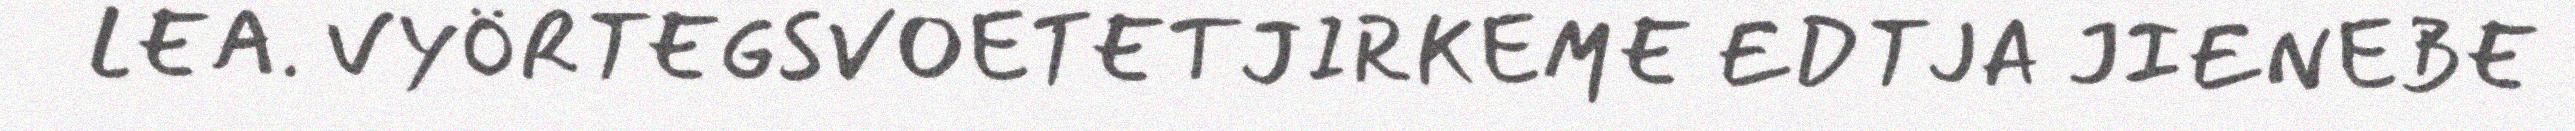
LEA. VYÖRTEGSVOETETJIRKEME EDTJA JIENEBE